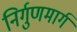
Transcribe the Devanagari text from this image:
निर्गुणमार्ग